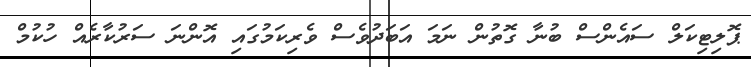
ޕޮލިޓިކަލް ސައެންސް ބުނާ ގޮތުން ނަމަ އަބަދުވެސް ވެރިކަމުގައި އޮންނަ ސަރުކާރެއް ހުކުމް